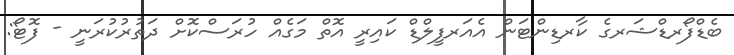
ބެޑްފޯރޑްޝަރގެ ކާރޑިންޓަން އެއަރފީލްޑް ކައިރީ އޮތް މަގެއް ހުރަސްކޮށް ދަތުރުކުރަނީ - ފޮޓޯ: